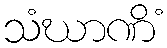
သံဃာဏိံ